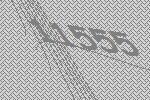
11555